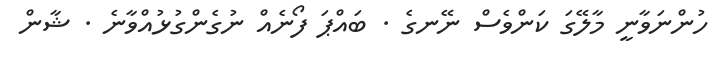
ހުންނަވާނީ މާލޭގަ ކަންވެސް ނޭނގެ . ބައްޕަ ފޯނެއް ނުގެންގުޅުއްވާނެ . ޝާން